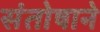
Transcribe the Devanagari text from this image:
संतोषाने